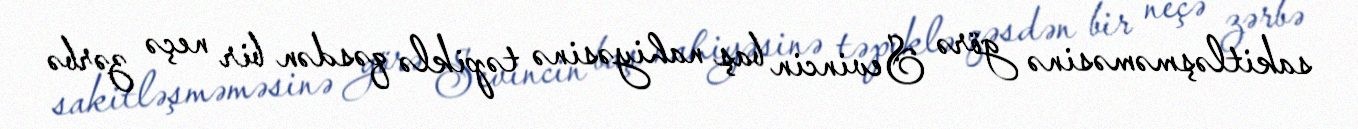
sakitləşməməsinə görə Sevincin baş nahiyəsinə təpiklə qəsdən bir neçə zərbə